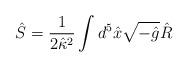
LaTeX: \begin{align*}\hat S=\frac{1}{2\hat \kappa{}^2}\int d^5\hat{x}\sqrt{-\hat{g}}\hat{R}\end{align*}